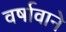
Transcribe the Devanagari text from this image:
वर्षावाने